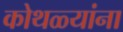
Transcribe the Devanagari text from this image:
कोथळ्यांना